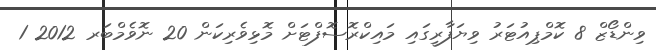
ވިންޑޯޒް 8 ކޮމްޕިއުޓަރު ވިޔަފާރީގައި މައިކްރޮސޮފްޓަށް މޮޅިވެރިކަން 20 ނޮވެމްބަރ 2012 1